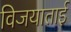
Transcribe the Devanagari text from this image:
विजयाताई